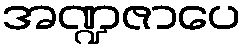
အဏ္ဍဇာပေ